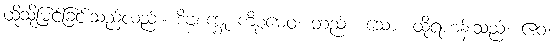
ထိုသို့မြင်ခြင်းသည်လည်း။ ဒိဗ္ဗစက္ခု ကိစ္စမေဝ၊ တည်း။ သော၊ ထိုရဟန်းသည်။ ဧဝံ၊